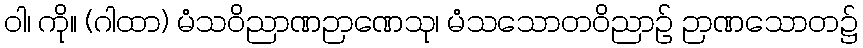
ဝါ၊ ကို။ (ဂါထာ) မံသဝိညာဏဉာဏေသု၊ မံသသောတဝိညာဉ် ဉာဏသောတ၌